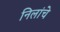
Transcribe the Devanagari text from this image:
निलांचे